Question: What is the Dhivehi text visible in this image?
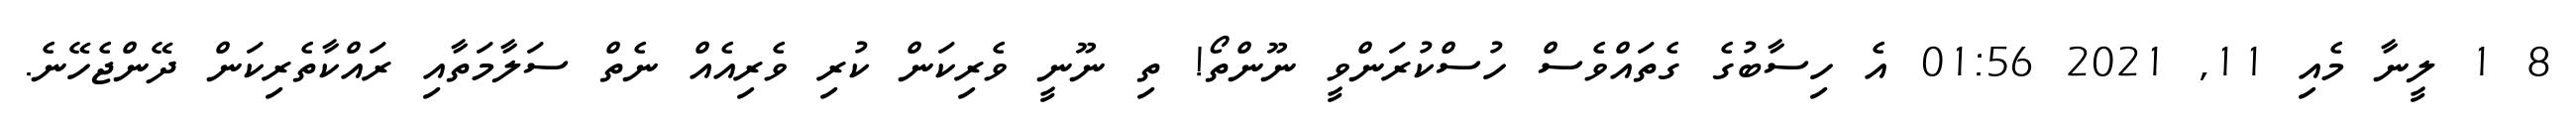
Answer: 8 1 ލީނާ މެއި 11, 2021 01:56 އެ ހިސާބުގެ ގެތައްވެސް ހުސްކުރަންވީ ނޫންތޯ! ތި ނޫނީ ވެރިކަން ކުރި ވެރިއެއް ނެތް ސަލާމަތާއި ރައްކާތެރިކަން ދޭންޖެހޭނެ.